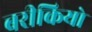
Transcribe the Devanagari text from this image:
बरीकियो